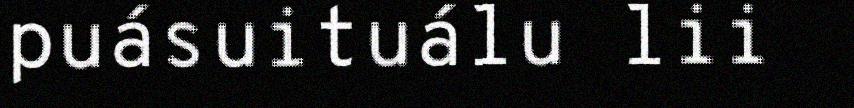
puásuituálu lii